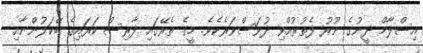
އިސްލާމް ދީނުގެ ނޫރު ފެތުރުއްވި ދުވަސްވަރެކެވެ. މީގެ ތެރޭގައި ފާރިސް ކަރައިގެ ބޭކަލުންނާއި